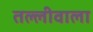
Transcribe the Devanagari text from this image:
तल्लीवाला